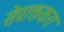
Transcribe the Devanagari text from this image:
सेपाक्तकरा